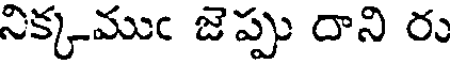
నిక్కముఁ జెప్పు దాని రు